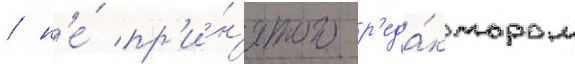
/ н'е́ пр'и́н'ятого р'еда́ктором